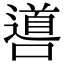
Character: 噵